Civil Veterinary Dept. Bombay admin report 1907-1913 - 1907-1913
Year: 1907
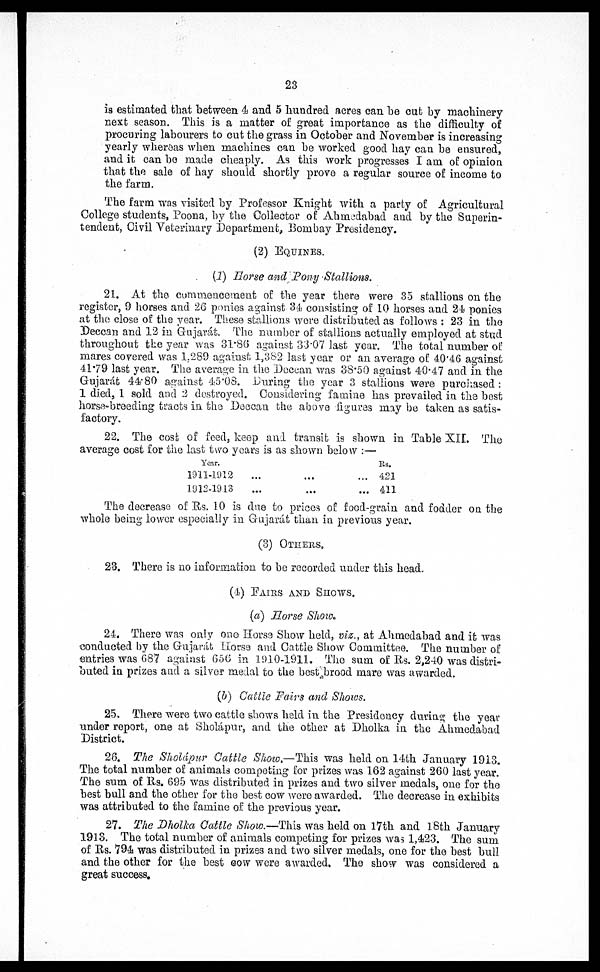
23
is estimated that between 4 and 5 hundred acres can be out by machinery
next season. This is a matter of great importance as the difficulty of
procuring labourers to cut the grass in October and November is increasing
yearly whereas when machines can be worked good hay can be ensured,
and it can bo made cheaply. As this work progresses I am of opinion
that the sale of hay should shortly prove a regular source of income to
the farm.
The farm was visited by Professor Knight with a party of Agricultural
College students, Poona, by the Collector of Ahmedabad and by the Superin-
tendent, Civil Veterinary Department, Bombay Presidency.
(2) EQUINES
(1) Horse and Pony Stallions.
21. At the commencement of the year there were 35 stallions on the
register, 9 horses and 28 ponies against 34 consisting of 10 horses and 24 ponies
at the close of the year. These stallions were distributed as follows: 23 in the
Deccan and 12 in Gujarát. The number of stallions actually employed at stud
throughout the year was 31.86 against 33.07 last year. The total number of
mares covered was 1.289 against 1,382 last year or an average of 40*46 against
41.79 last year. The average in the Deccan was 38.50 against 40.47 and in the
Gujarát 44.80 against 45.08. During the year 3 stallions were purchased:
1 died, 1 sold and 2 destroyed. Considering famine has prevailed in the best
horse-breeding tracts in the Deccan the above figures may be taken as satis-
factory.
22. The cost of feed, keep and transit is shown in Table XII. The
average cost for the last two years is as shown below:—
Year.
1911-1912
1912-1913
...
...
...
...
...
...
Rs.
421
411
The decrease of Rs. 1.0 is due to prices of food-grain and fodder on the
whole being lower especially in Gujarat than in previous year.
(3) OTHERS
23. There is no information to be recorded under this head.
(4) FAIRS AND SHOWS.
(a) Horse Show.
24. There was only one Horse Show held, viz., at Ahmedabad and it was
conducted by the Gujarát Horse and Cattle Show Committee. The number of
entries was 687 against 656 in 1910-1911. The sum of Rs. 2,240 was distri-
buted in prizes and a silver medal to the best brood mare was awarded.
(b) Cattle Fairs and Shows.
25. There were two cattle shows held in the Presidency during the year
under report, one at Sholápur, and the other at Dholka in the Ahmedabad
District.
28. The Sholápur Cattle Show.—This was held on 14th January 1913.
The total number of animals competing for prizes was 162 against 260 last year.
The sum of Rs. 695 was distributed in prizes and two silver medals, one for the
best bull and the other for the best cow were awarded. The decrease in exhibits
was attributed to the famine of the previous year.
27. The Dholka Cattle Show.—This was held on 17th and 18th January
1913. The total number of animals competing for prizes was 1,423. The sum
of Rs. 794 was distributed in prizes and two silver medals, one for the best bull
and the other for the best cow were awarded. The show was considered a
great success.